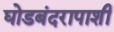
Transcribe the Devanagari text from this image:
घोडबंदरापाशी